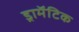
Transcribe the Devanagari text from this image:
ड्रामॅटिक